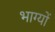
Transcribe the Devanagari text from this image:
भाग्यों